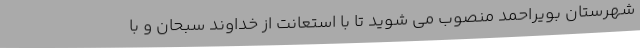
شهرستان بویراحمد منصوب می شوید تا با استعانت از خداوند سبحان و با